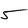
Character: 5